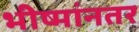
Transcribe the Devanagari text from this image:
भीष्मांनतर